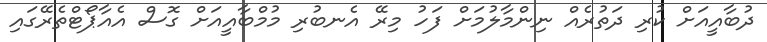
ދުބާއީއަށް ކުރި ދަތުރެއް ނިންމާލުމަށް ފަހު މިރޭ އެނބުރި މުމްބާއީއަށް ގޮސް އެއާޕޯޓްތެރޭގައި